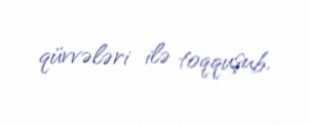
qüvvələri ilə toqquşub.